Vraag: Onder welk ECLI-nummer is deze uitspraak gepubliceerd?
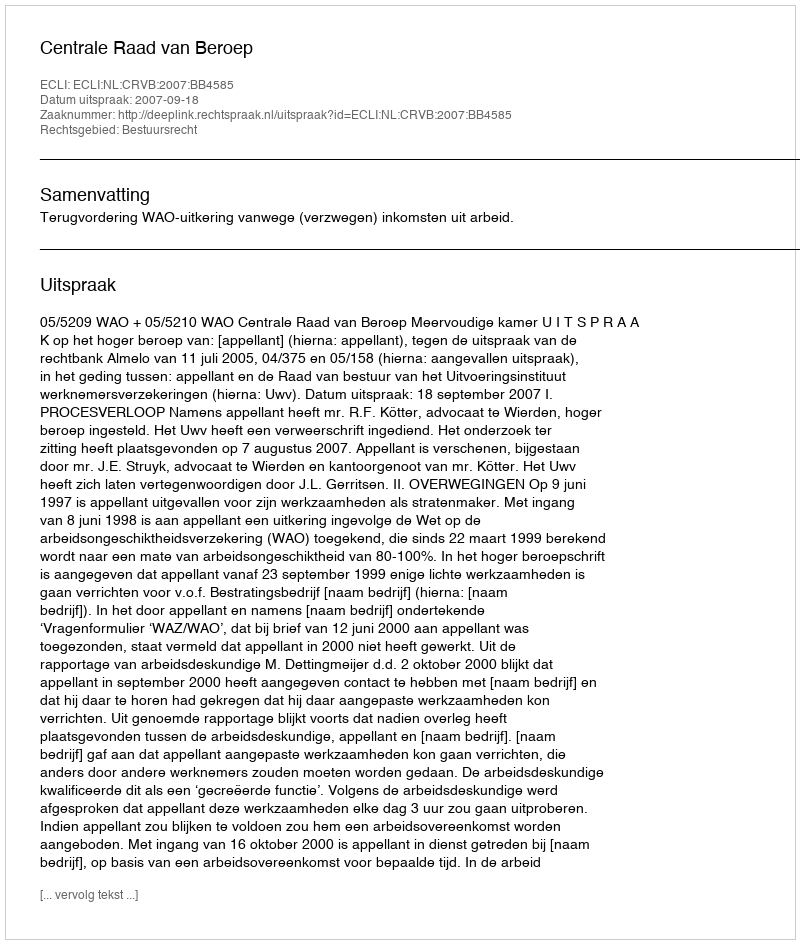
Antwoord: ECLI:NL:CRVB:2007:BB4585